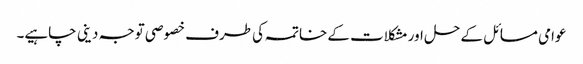
عوامی مسائل کے حل اور مشکلات کے خاتمہ کی طرف خصوصی توجہ دینی چاہیے۔